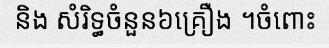
និង សំរិទ្ធចំនួន៦គ្រឿង ។ចំពោះ